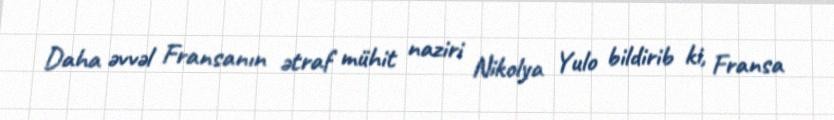
Daha əvvəl Fransanın ətraf mühit naziri Nikolya Yulo bildirib ki, Fransa